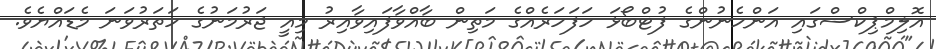
އޮލިމްޕިކްސްގައި އަންހެނުންގެ ފުޓްބޯޅަ ހަފަހަރެއްގެ މަތިން ބާއްވާފައިވާއިރު މިއީ ޖަރުމަނުގެ ހަތަރުވަނަ މެޑައްޔެވެ.